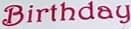
Birthday